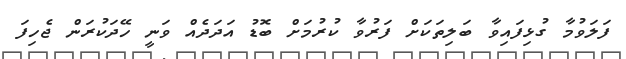
ފަލަވުމާ ގުޅިފައިވާ ބަލިތަކަށް ފަރުވާ ކުރުމަށް ބޮޑު އަދަދެއް ވަނީ ހޭދަކުރަން ޖެހިފަ